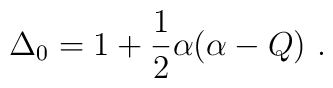
\Delta_{0} = 1 + \frac{1}{2} \alpha (\alpha-Q)\ .